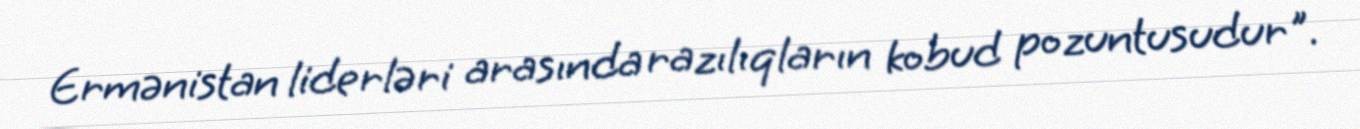
Ermənistan liderləri arasında razılıqların kobud pozuntusudur".